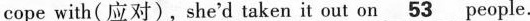
cope with( 应对),she'd taken it out on \underline53people.